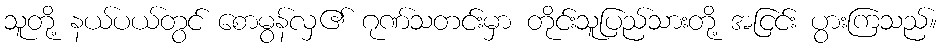
သူတို့ နယ်ပယ်တွင် စောမွန်လှ၏ ဂုဏ်သတင်းမှာ တိုင်းသူပြည်သားတို့ အငြင်း ပွားကြသည်။